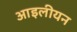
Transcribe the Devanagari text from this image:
आइलीयन